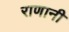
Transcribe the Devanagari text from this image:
राणानी